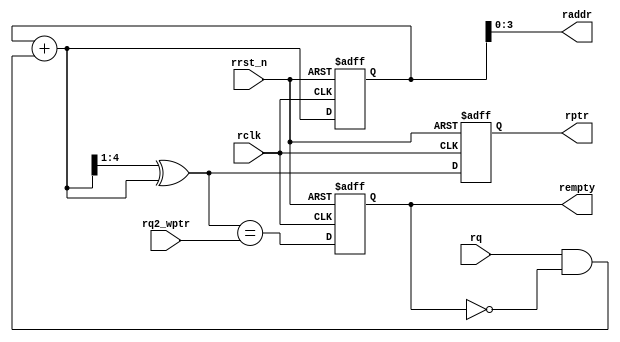
module rptr_empty #(
    parameter ADDRSIZE = 4
) (
    input [ADDRSIZE:0] rq2_wptr,
    input rq,
    input rclk,
    input rrst_n,
    output reg rempty,
    output [ADDRSIZE-1:0] raddr,
    output reg [ADDRSIZE:0] rptr
);
    
    reg [ADDRSIZE:0] rbin;
    wire [ADDRSIZE:0] rgraynext;
    wire [ADDRSIZE:0] rbinnext;

    always @(posedge rclk or negedge rrst_n)
    if (!rrst_n) 
    begin
        rbin <= 0;
        rptr <= 0;
    end
    else 
    begin
        rbin<=rbinnext;
        rptr<=rgraynext; //output to sync_r2w.v
    end
    // Memory read-address pointer (okay to use binary to address memory)
    assign raddr     = rbin[ADDRSIZE-1:0]; //
    assign rbinnext  = rbin + (rq & ~rempty); //not empty and read request, then plus 1
    assign rgraynext = (rbinnext>>1) ^ rbinnext; //graycode
    // FIFO empty when the next rptr == synchronized wptr or on reset
    assign rempty_val = (rgraynext == rq2_wptr); //empty when read graycode equal write prt after sync
    always @(posedge rclk or negedge rrst_n)
    if (!rrst_n)
        rempty <= 1'b1;
    else
        rempty <= rempty_val;

endmodule